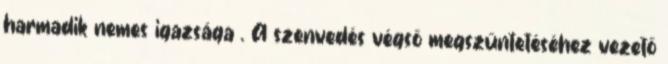
harmadik nemes igazsága . A szenvedés végső megszűntetéséhez vezető